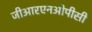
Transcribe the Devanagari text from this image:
जीआरएनओपीसी